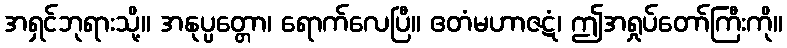
အရှင်ဘုရားသို့။ အနုပ္ပတ္တော၊ ရောက်လေပြီ။ ဧတံမဟာဇဋံ၊ ဤအရှုပ်တော်ကြီးကို။